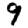
Digit: 9